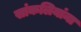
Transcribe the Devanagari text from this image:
सांकलियांना